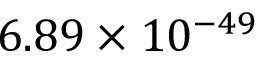
6 . 8 9 \times 1 0 ^ { - 4 9 }